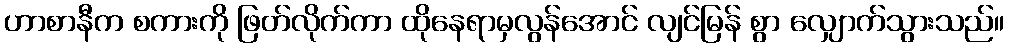
ဟာစာနီက စကားကို ဖြတ်လိုက်ကာ ထိုနေရာမှလွန်အောင် လျင်မြန် စွာ လျှောက်သွားသည်။